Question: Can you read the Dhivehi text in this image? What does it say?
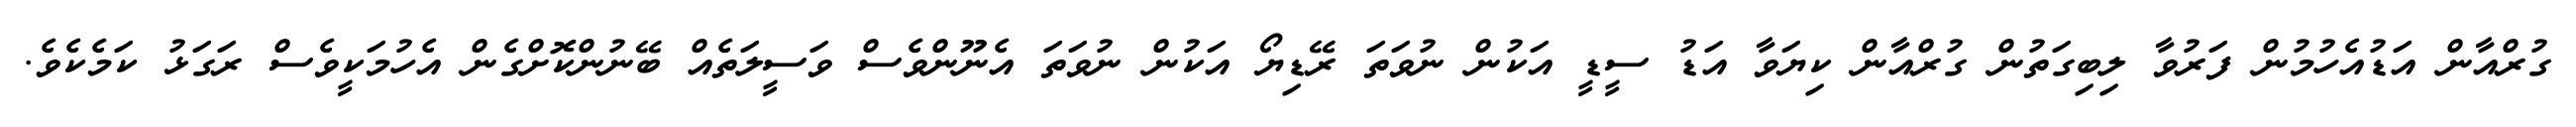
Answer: ގުރްއާން އަޑުއެހުމުން ފަރުވާ ލިބިގަތުން ގުރްއާން ކިޔަވާ އަޑު ސީޑީ އަކުން ނުވަތަ ރޭޑިޔޯ އަކުން ނުވަތަ އެނޫންވެސް ވަސީލަތެއް ބޭނުންކޮށްގެން އެހުމަކީވެސް ރަގަޅު ކަމެކެވެ.